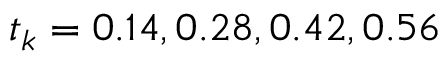
t _ { k } = 0 . 1 4 , 0 . 2 8 , 0 . 4 2 , 0 . 5 6